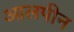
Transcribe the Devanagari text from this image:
आलपीन